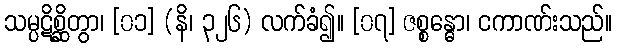
သမ္ပဋိစ္ဆိတွာ၊ [၀၁] (နိ၊ ၃၂၆) လက်ခံ၍။ [၀၇] ဇစ္စန္ဓော၊ ငကာဏ်းသည်။